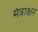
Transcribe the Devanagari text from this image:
मंत्राक्षर